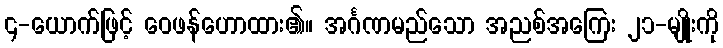
၄-ယောက်ဖြင့် ဝေဖန်ဟောထား၏။ အင်္ဂဏမည်သော အညစ်အကြေး ၂၁-မျိုးကို